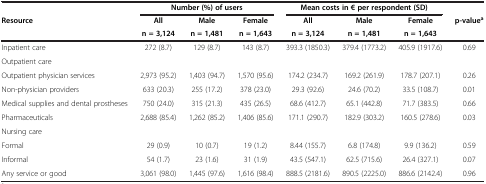
|  | <COLSPAN=3> Number (%) of users | <COLSPAN=3> Mean costs in € per respondent (SD) |  |
 | Resource | All | Male | Female | All | Male | Female | p-valuea |
 |  | n = 3,124 | n = 1,481 | n = 1,643 | n = 3,124 | n = 1,481 | n = 1,643 |  |
 | --- | --- | --- | --- | --- | --- | --- | --- |
 | Inpatient care | 272 (8.7) | 129 (8.7) | 143 (8.7) | 393.3 (1850.3) | 379.4 (1773.2) | 405.9 (1917.6) | 0.69 |
 | Outpatient care |  |  |  |  |  |  |  |
 | Outpatient physician services | 2,973 (95.2) | 1,403 (94.7) | 1,570 (95.6) | 174.2 (234.7) | 169.2 (261.9) | 178.7 (207.1) | 0.26 |
 | Non-physician providers | 633 (20.3) | 255 (17.2) | 378 (23.0) | 29.3 (92.6) | 24.6 (70.2) | 33.5 (108.7) | 0.01 |
 | Medical supplies and dental prostheses | 750 (24.0) | 315 (21.3) | 435 (26.5) | 68.6 (412.7) | 65.1 (442.8) | 71.7 (383.5) | 0.66 |
 | Pharmaceuticals | 2,688 (85.4) | 1,262 (85.2) | 1,406 (85.6) | 171.1 (290.7) | 182.9 (303.2) | 160.5 (278.6) | 0.03 |
 | Nursing care |  |  |  |  |  |  |  |
 | Formal | 29 (0.9) | 10 (0.7) | 19 (1.2) | 8.44 (155.7) | 6.8 (174.8) | 9.9 (136.2) | 0.59 |
 | Informal | 54 (1.7) | 23 (1.6) | 31 (1.9) | 43.5 (547.1) | 62.5 (715.6) | 26.4 (327.1) | 0.07 |
 | Any service or good | 3,061 (98.0) | 1,445 (97.6) | 1,616 (98.4) | 888.5 (2181.6) | 890.5 (2225.0) | 886.6 (2142.4) | 0.96 |